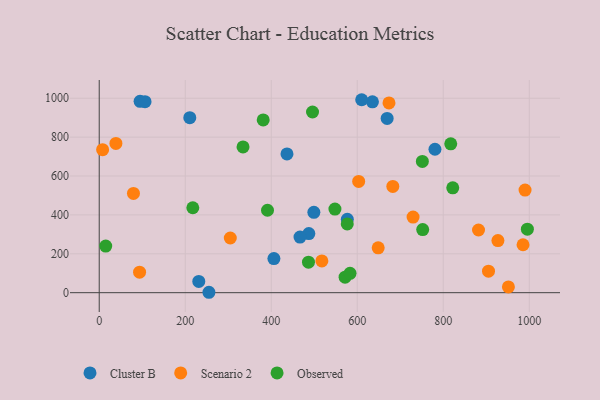
{"axis": {"x": "Ad Spend", "y": "Fuel Efficiency"}, "legend": ["Cluster B", "Observed", "Scenario 2"], "data": [{"x": "487.4", "y": 304.1, "type": "Cluster B"}, {"x": "210.6", "y": 900.0, "type": "Cluster B"}, {"x": "635.3", "y": 981.3, "type": "Cluster B"}, {"x": "95.0", "y": 984.1, "type": "Cluster B"}, {"x": "406.2", "y": 175.3, "type": "Cluster B"}, {"x": "576.9", "y": 377.3, "type": "Cluster B"}, {"x": "499.1", "y": 413.2, "type": "Cluster B"}, {"x": "231.5", "y": 57.7, "type": "Cluster B"}, {"x": "466.9", "y": 286.2, "type": "Cluster B"}, {"x": "436.6", "y": 713.7, "type": "Cluster B"}, {"x": "780.7", "y": 737.7, "type": "Cluster B"}, {"x": "669.5", "y": 895.9, "type": "Cluster B"}, {"x": "255.1", "y": 2.1, "type": "Cluster B"}, {"x": "106.5", "y": 982.4, "type": "Cluster B"}, {"x": "610.3", "y": 992.3, "type": "Cluster B"}, {"x": "603.3", "y": 572.0, "type": "Scenario 2"}, {"x": "7.9", "y": 735.3, "type": "Scenario 2"}, {"x": "729.8", "y": 388.6, "type": "Scenario 2"}, {"x": "304.8", "y": 281.1, "type": "Scenario 2"}, {"x": "517.7", "y": 163.1, "type": "Scenario 2"}, {"x": "648.7", "y": 230.6, "type": "Scenario 2"}, {"x": "990.2", "y": 527.6, "type": "Scenario 2"}, {"x": "882.0", "y": 322.4, "type": "Scenario 2"}, {"x": "93.8", "y": 105.7, "type": "Scenario 2"}, {"x": "673.8", "y": 976.1, "type": "Scenario 2"}, {"x": "985.5", "y": 246.6, "type": "Scenario 2"}, {"x": "951.5", "y": 29.6, "type": "Scenario 2"}, {"x": "905.2", "y": 110.8, "type": "Scenario 2"}, {"x": "38.8", "y": 767.5, "type": "Scenario 2"}, {"x": "682.7", "y": 546.4, "type": "Scenario 2"}, {"x": "927.1", "y": 268.0, "type": "Scenario 2"}, {"x": "79.6", "y": 510.4, "type": "Scenario 2"}, {"x": "391.3", "y": 423.9, "type": "Observed"}, {"x": "995.6", "y": 326.4, "type": "Observed"}, {"x": "817.4", "y": 765.3, "type": "Observed"}, {"x": "752.2", "y": 324.5, "type": "Observed"}, {"x": "15.1", "y": 239.7, "type": "Observed"}, {"x": "571.7", "y": 79.9, "type": "Observed"}, {"x": "583.2", "y": 99.7, "type": "Observed"}, {"x": "486.6", "y": 156.8, "type": "Observed"}, {"x": "217.6", "y": 436.9, "type": "Observed"}, {"x": "751.4", "y": 675.1, "type": "Observed"}, {"x": "334.4", "y": 749.5, "type": "Observed"}, {"x": "822.1", "y": 539.1, "type": "Observed"}, {"x": "548.1", "y": 430.1, "type": "Observed"}, {"x": "496.0", "y": 929.2, "type": "Observed"}, {"x": "381.3", "y": 888.3, "type": "Observed"}, {"x": "576.8", "y": 353.5, "type": "Observed"}]}